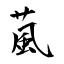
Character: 葻